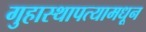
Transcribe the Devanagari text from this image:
गुहास्थापत्यामधून